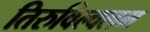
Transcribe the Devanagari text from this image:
तिरुविल्वलम